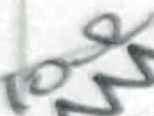
Text: 10Ω